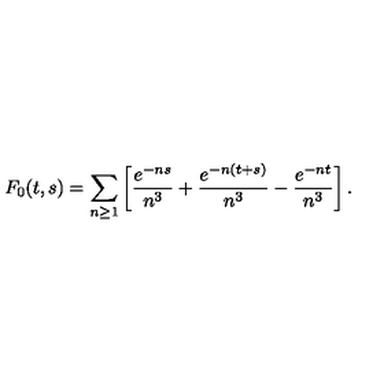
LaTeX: F _ { 0 } ( t , s ) = \sum _ { n \geq 1 } \left[ { \frac { e ^ { - n s } } { n ^ { 3 } } } + { \frac { e ^ { - n ( t + s ) } } { n ^ { 3 } } } - { \frac { e ^ { - n t } } { n ^ { 3 } } } \right] .